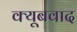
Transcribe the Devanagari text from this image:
क्यूबवाद